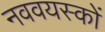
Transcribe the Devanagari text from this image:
नववयस्कों